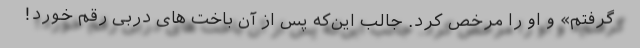
گرفتم» و او را مرخص کرد. جالب این‌که پس از آن باخت های دربی رقم خورد!